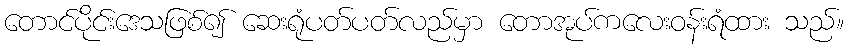
တောင်ပိုင်းဒေသဖြစ်၍ ဆေးရုံပတ်ပတ်လည်မှာ တောအုပ်ကလေးဝန်းရံထား သည်။